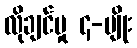
လိုချင်မှု ၄-မျိုး